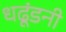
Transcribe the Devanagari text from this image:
धढूंडनी